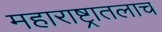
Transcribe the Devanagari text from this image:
महाराष्ट्रातलाच